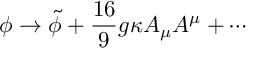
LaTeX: \phi \rightarrow \tilde { \phi } + \frac { 1 6 } { 9 } g \kappa A _ { \mu } A ^ { \mu } + \cdots